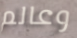
وعالم